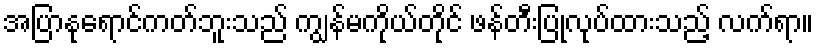
အပြာနုရောင်ကတ်ဘူးသည် ကျွန်မကိုယ်တိုင် ဖန်တီးပြုလုပ်ထားသည့် လက်ရာ။